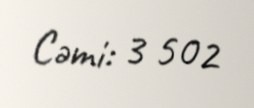
Cəmi: 3 502